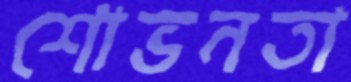
শোভনতা